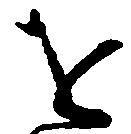
を